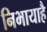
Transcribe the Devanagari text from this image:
निभायाहै